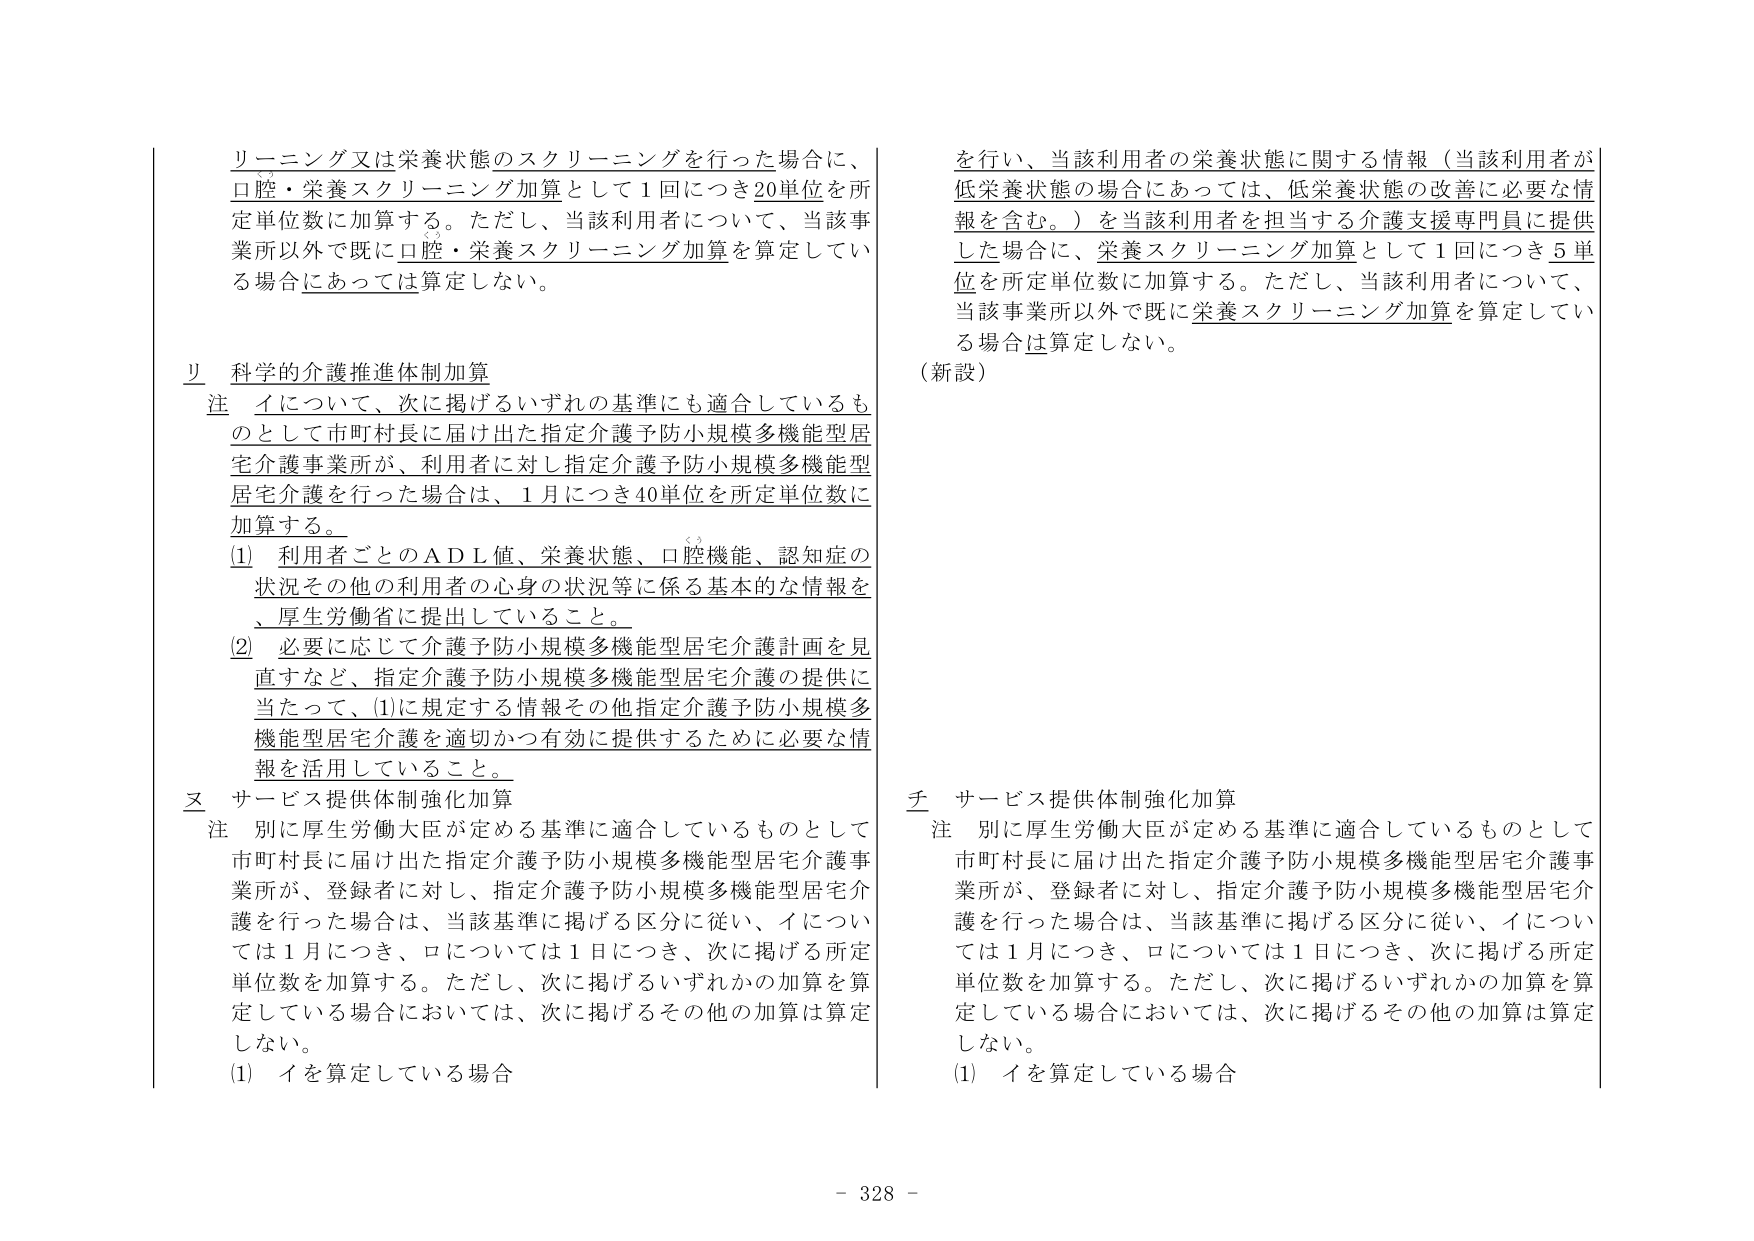
リーニング又は栄養状態のスクリーニングを行った場合に、
口腔・栄養スクリーニング加算として1回につき20単位を所定単位数に加算する。ただし、当該利用者について、当該事業所以外で既に口腔・栄養スクリーニング加算を算定している場合にあっては算定しない。

リ 科学的介護推進体制加算
注 イについて、次に掲げるいずれの基準にも適合しているものとして市町村長に届け出た指定介護予防小規模多機能型住宅介護事業所が、利用者に対し指定介護予防小規模多機能型住宅介護を行った場合は、1月につき40単位を所定単位数に加算する。
(1) 利用者ごとのADL値、栄養状態、口腔機能、認知症の状況その他利用者の心身の状況等に係る基本的な情報を、厚生労働省に提出していること。
(2) 必要に応じて介護予防小規模多機能型住宅介護計画を見直すなど、指定介護予防小規模多機能型住宅介護の提供に当たって、(1)に規定する情報その他指定介護予防小規模多機能型住宅介護を適切かつ有効に提供するために必要な情報を活用していること。

ヌ サービス提供体制強化加算
注 別に厚生労働大臣が定める基準に適合しているものとして市町村長に届け出た指定介護予防小規模多機能型住宅介護事業所が、登録者に対し、指定介護予防小規模多機能型住宅介護を行った場合は、当該基準に掲げる区分に従い、イについては1月につき、ロについては1日につき、次に掲げる所定単位数を加算する。ただし、次に掲げるいずれかの加算を算定している場合においては、次に掲げるその他の加算は算定しない。
(1) イを算定している場合

を行い、当該利用者の栄養状態に関する情報（当該利用者が低栄養状態の場合にあっては、低栄養状態の改善に必要な情報を含む。）を当該利用者を担当する介護支援専門員に提供した場合に、栄養スクリーニング加算として1回につき5単位を所定単位数に加算する。ただし、当該利用者について、当該事業所以外で既に栄養スクリーニング加算を算定している場合は算定しない。
（新設）

チ サービス提供体制強化加算
注 別に厚生労働大臣が定める基準に適合しているものとして市町村長に届け出た指定介護予防小規模多機能型住宅介護事業所が、登録者に対し、指定介護予防小規模多機能型住宅介護を行った場合は、当該基準に掲げる区分に従い、イについては1月につき、ロについては1日につき、次に掲げる所定単位数を加算する。ただし、次に掲げるいずれかの加算を算定している場合においては、次に掲げるその他の加算は算定しない。
(1) イを算定している場合

- 328 -